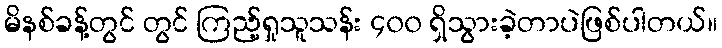
မိနစ်ခန့်တွင် တွင် ကြည့်ရှုသူသန်း ၄၀၀ ရှိသွားခဲ့တာပဲဖြစ်ပါတယ်။